Problem: 37 + 34 = ?
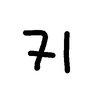
Handwritten answer: 71